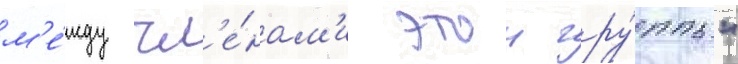
м'е́жду чл'е́нам'и этои гру́ппы"